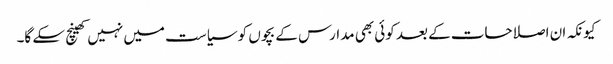
کیونکہ ان اصلاحات کے بعد کوئی بھی مدارس کے بچوں کو سیاست میں نہیں کھینچ سکے گا۔